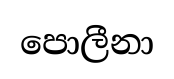
පොලීනා